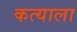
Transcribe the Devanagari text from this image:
कत्याला